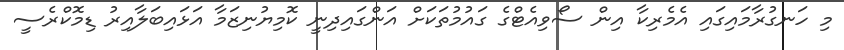
މި ހަނގުރާމައިގައި އެމެރިކާ އިން ސޯވިއެޓްގެ ގައުމުތަކަށް އަންގައިދިނީ ކޮމިޔުނިޒަމާ އަޅައިބަލާއިރު ޑިމޮކްރެސީ